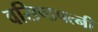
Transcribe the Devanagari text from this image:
वसिष्ठपत्नी